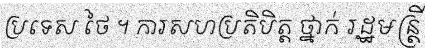
ប្រទេស ថៃ ។ ការសហប្រតិបិត្ត ថ្នាក់ រដ្ឋមន្ត្រី